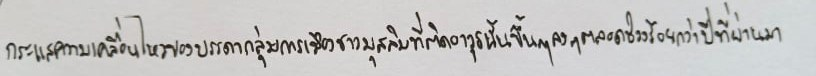
กระแสความเคลื่อนไหวของบรรดากลุ่มการเมืองชาวมุสลิมที่ติดอาวุธนั้นขึ้นๆลงๆตลอดช่วงร้อยกว่าปีที่ผ่านมา